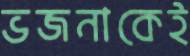
ভজনাকেই